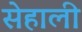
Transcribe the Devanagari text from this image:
सेहाली